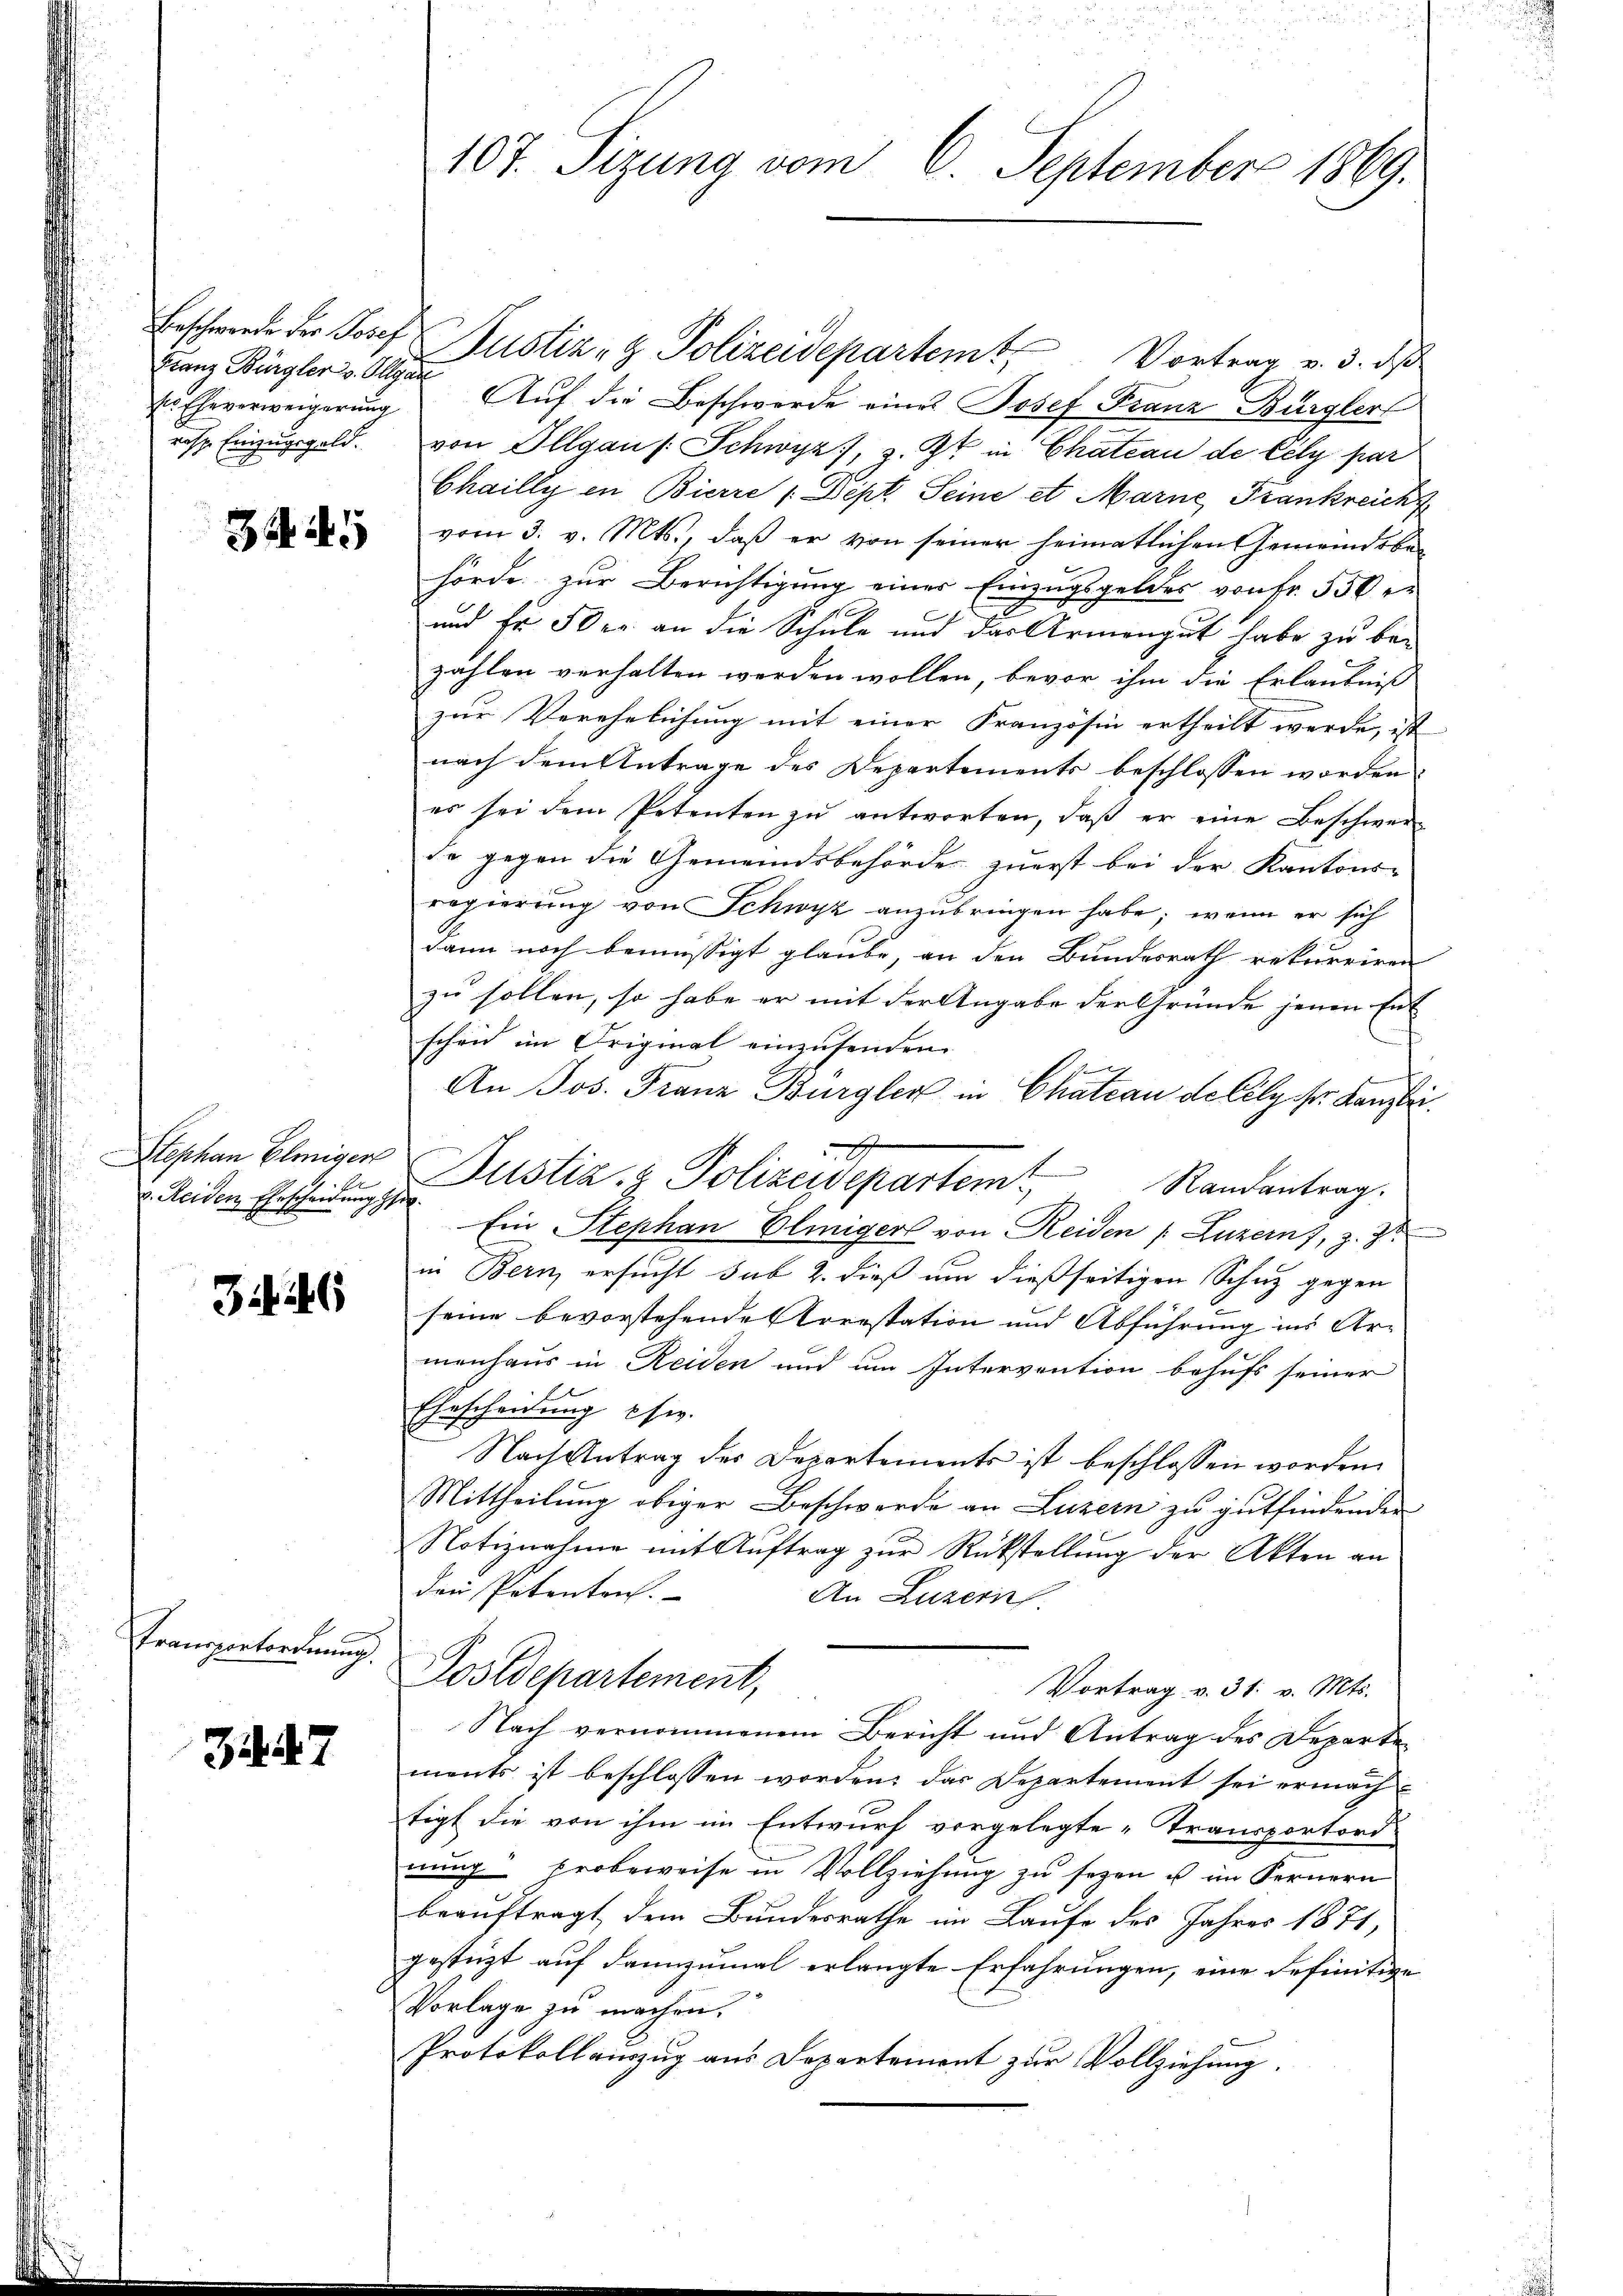
Franz Bürgler v. Olgar
ser Eheverweigerung
risse Einzugsgeld.

3445

Stephan Eleigen
v. Heiden Ehrscheidung per

34. 46

Transportordnung.

347

Erschwerde der Josef Justiz- & Polizeidepartemt. Vortrag v. 3. d
Auf die Beschwerde eines Josef Franz Bürgler
von Illgaus: Schwyz, z. Z. in Chateau de Cely par
Chailly in Bierre (Dept. Seine et Marne Frankreich
vom 3. v. Mts., daß er von seiner heimatlichen Gemeindsbehörde zur Berichtigung einer Einzugsgeldes von Fr. 550 er
und Fr. 50 er an die Schule und das Armengut habe zu be-
zahlen verhalten werden wollen, bevor ihm die Erlaubniß
zur Verehelichung mit einer Französin ertheilt werde, ist
nach dem Antrage des Departements beschlossen worden,
es sei dem Petenten zu antworten, daß er eine Beschwer-
de gegen die Gemeindsbehörde zuerst bei der Kantons-
regierung von Schwyz anzubringen habe; wenn er sich
dann noch bemüssigt glaube, an den Bundesrath rekurriren
zu sollen, so habe er mit der Angabe der Gründe jenen Ent
schen im Original einzusenden.
e
An Jos. Franz Burgler in Chateau de cély pr. Kanzlei
J
Pustiz- & Polizeidepartem Randantrag.
Ein Stephan Eliniger von Reiden (Luzern, z. Zt.
in Bern, ersucht sub 2. dieß um dießseitigen Schuz gegen
seine bevorstehende Arrestation und Abführung ins Armenhaus in Reiden und um Intervention behufs seiner
.
Ehescheidung usw.
Nach Antrag des Departements ist beschlossen worden.
Mittheilung obiger Beschwerde an Luzern zu gutfindenden
Notiznahme mit Auftrag zur Rückstellung der Akten an
den Petenton.
An Luzern.
Postdepartement,
Vortrag v. 31. v. Mts.
Nach vernommenem Bericht und Antrag des Departen
ments ist beschlossen worden: das Departement sei ermachtigt die von ihm im Entwurf vorgelegte Transportord
nung Erobeweise in Vollziehung zu sezen u im Fernern
beauftragt, dem Bundesrathe im Laufe des Jahres 1871,
gestüzt auf dannzumal erlangte Erfahrungen, eine definitive
Vorlage zu machen.
Protokollauszug aus Departement zur Vollziehung.

107. Sizung vom 6. September 1869.